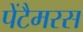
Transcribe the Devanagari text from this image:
पेंटैमरस